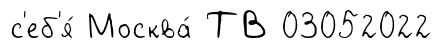
с'еб'я́ Москва́ ТВ 03052022